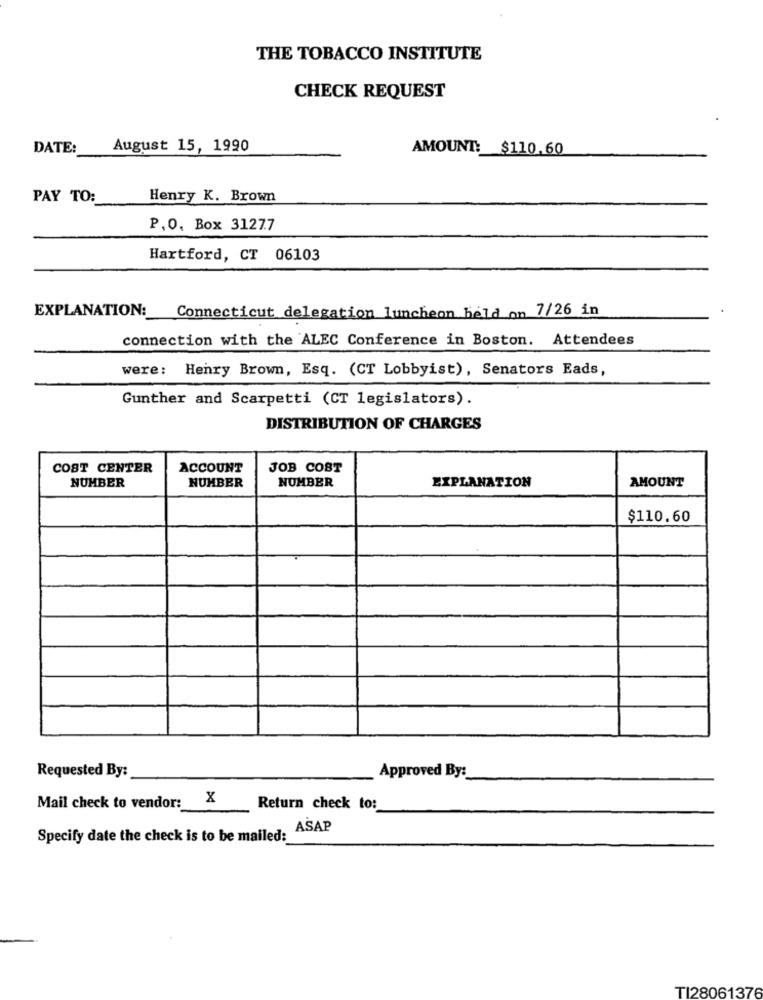
THE TOBACCO INSTITUTE
CHECK REQUEST
DATE:
August 15, 1990
AMOUNT: $110.60
PAY TO:
Henry K. Brown
P.O. Box 3127.7
Hartford, CT 06103
EXPLANATION: Connecticut delegation luncheon held on 7/26 in
connection with the ALEC Conference in Boston. Attendees
were: Henry Brown, Esq. (CT Lobbyist), Senators Eads,
Gunther and Scarpetti (CT legislators).
DISTRIBUTION OF CHARGES
COST CENTER
ACCOUNT
JOB COST
NUMBER
NUMBER
NUMBER
EXPLANATION
AMOUNT
$110.60
Approved By:
Requested By:
Mail check to vendor: X
Return check to:
ASAP
Specify date the check is to be mailed:
TI28061376